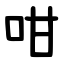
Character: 咁